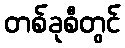
တစ်ခုစီတွင်